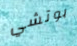
بوتشي